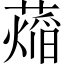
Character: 𬞨